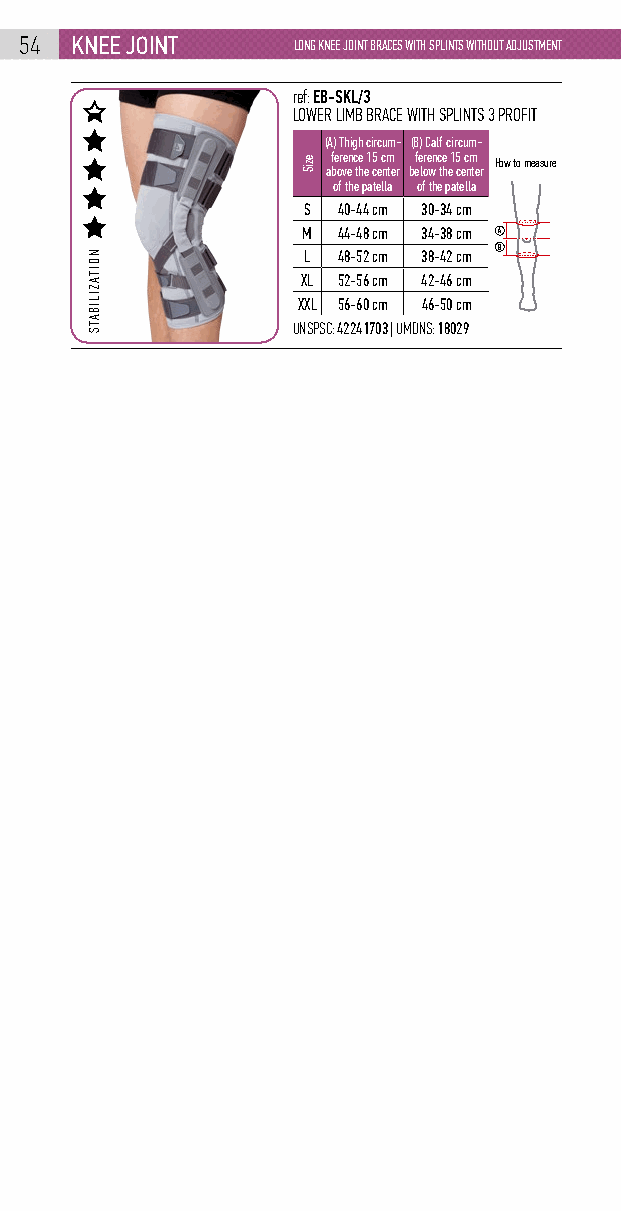
54  knEE joint    LONG KNEE JOINT BRACES WITH SPLINTS WITHOUT ADJUSTMENT
 ref: EB-SKL/3
 LOWER LIMB BRACE WITH SPLINTS 3 PROFIT
 (A) Thigh circum- (B) Calf circum-
 ference 15 cm ference 15 cm How to measure
 above the center below the center
 of the patella of the patella
 S 40-44 cm 30-34 cm
 M 44-48 cm 34-38 cm A
 B
 L 48-52 cm 38-42 cm
 XL 52-56 cm 42-46 cm
 XXL 56-60 cm 46-50 cm
 UNSPSC: 42241703 | UMDNS: 18029
 NOITAZILIBATS
 eziS